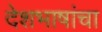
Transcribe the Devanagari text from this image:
देशभाषांचा